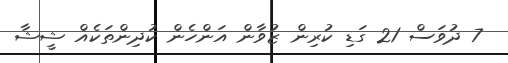
7 ދުވަސް 21 ގަޑި ކުރިން ޒުވާން އަންހެން ކުދިންތަކެއް ޝީޝާ